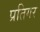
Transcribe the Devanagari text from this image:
प्रतिगर